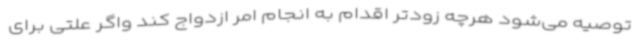
توصیه می‌شود هرچه زودتر اقدام به انجام امر ازدواج کند واگر علتی برای